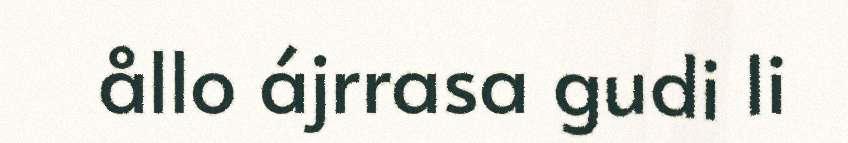
ållo ájrrasa gudi li